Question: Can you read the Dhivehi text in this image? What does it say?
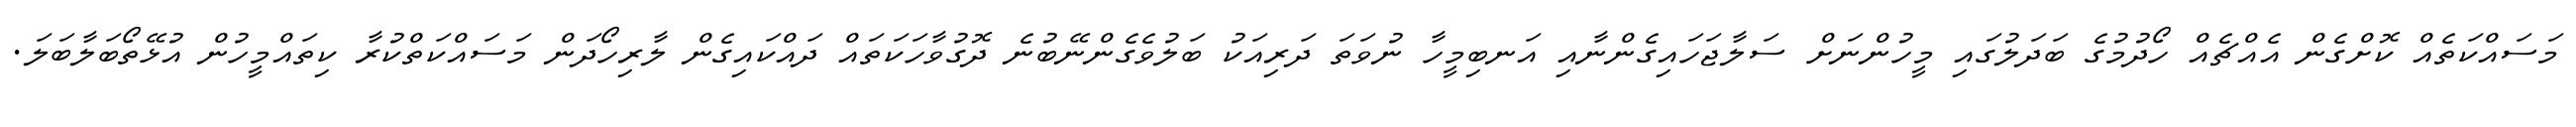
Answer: މަސައްކަތެއް ކޮށްގެން އެއްޗެއް ހޯދުމުގެ ބަދަލުގައި މީހުންނަށް ސަލާޖަހައިގެންނާއި އަނބިމީހާ ނުވަތަ ދަރިއަކު ބަލުވެގެންނޭބުނެ ދޮގުވާހަކަތައް ދައްކައިގެން ލާރިހޯދަން މަސައްކަތްކުރާ ކިތައްމީހުން އުޅޭތޯބަލާބަލަ.